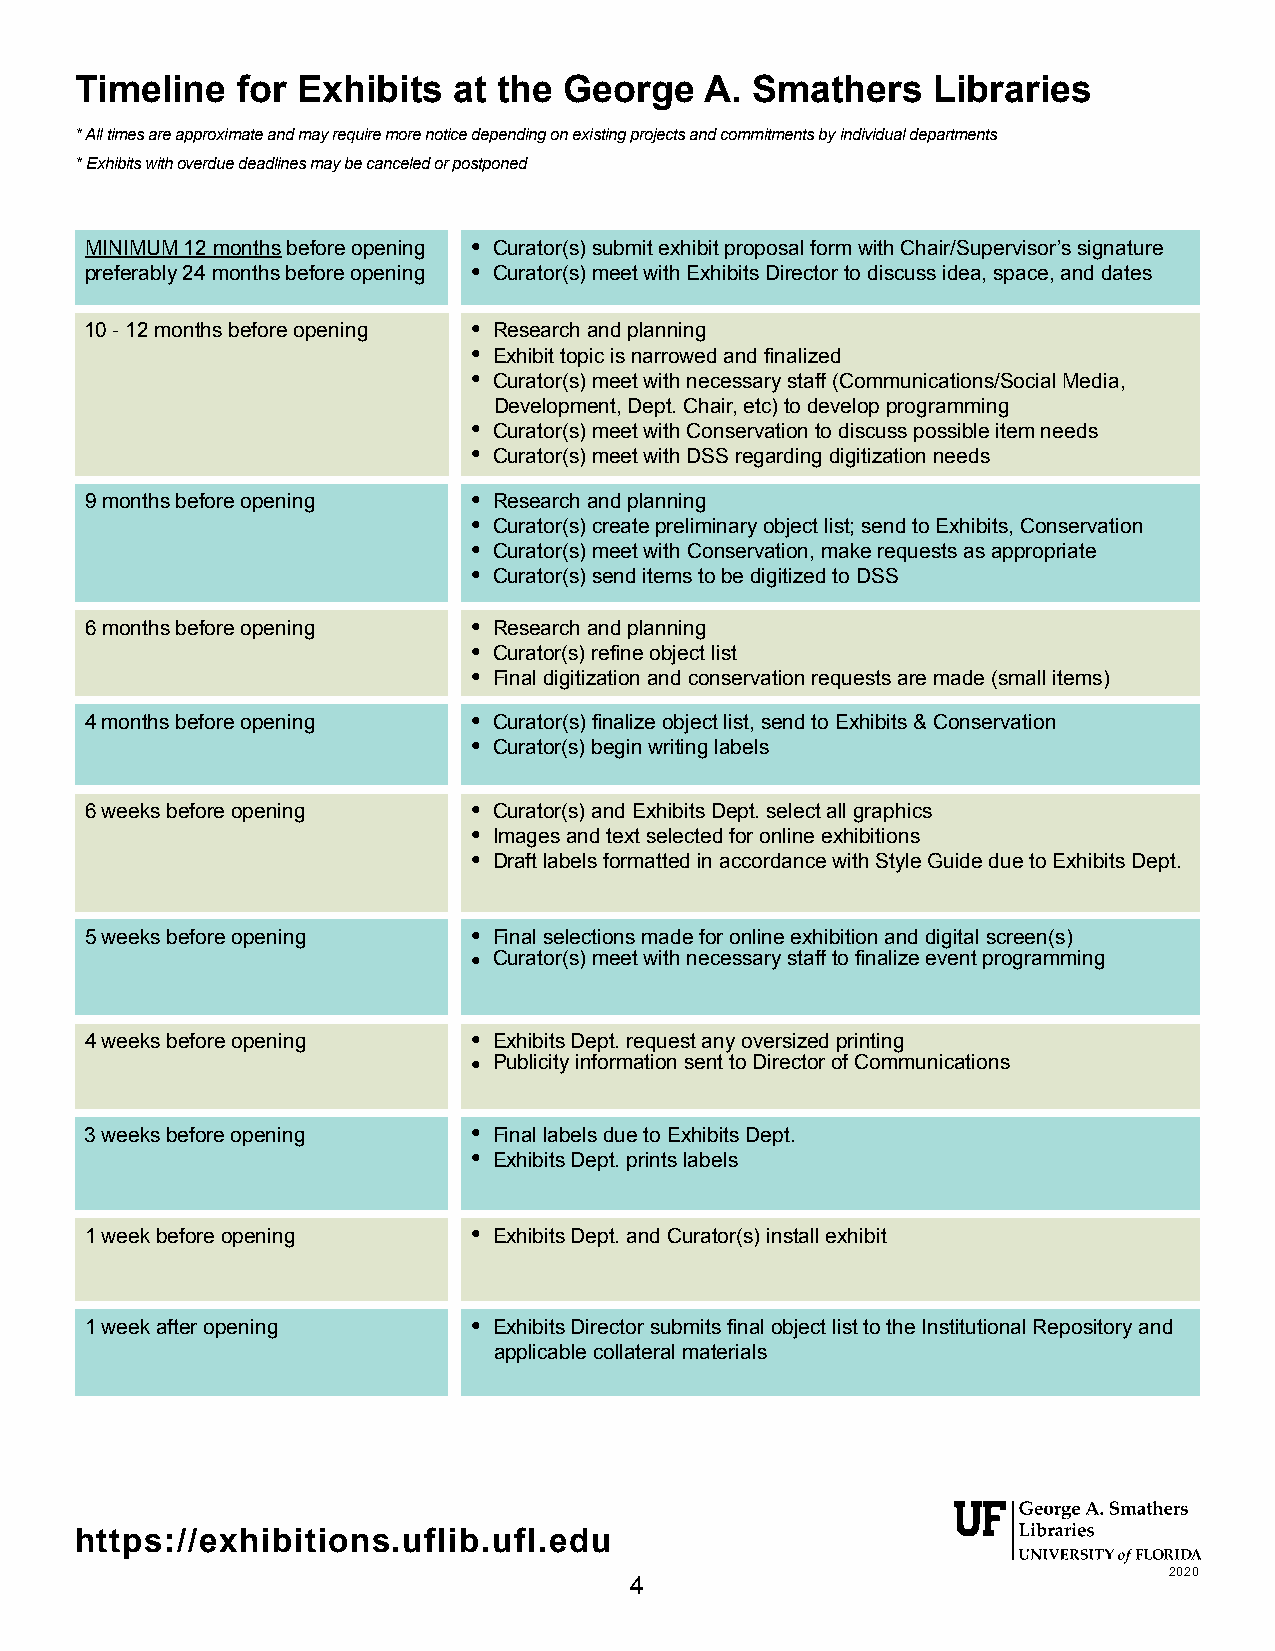
Timeline   for Exhibits  at the George    A. Smathers    Libraries
 * All times are approximate and may require more notice depending on existing projects and commitments by individual departments
 *Exhibits with overdue deadlines may be canceled or postponed
 MINIMUM 12 months before opening l Curator(s) submit exhibit proposal form with Chair/Supervisor’s signature
 preferably 24 months before opening l Curator(s) meet with Exhibits Director to discuss idea, space, and dates
 10 - 12 months before opening l Research and planning
 l Exhibit topic is narrowed and finalized
 l Curator(s) meet with necessary staff (Communications/Social Media,
 Development, Dept. Chair, etc) to develop programming
 l Curator(s) meet with Conservation to discuss possible item needs
 l Curator(s) meet with DSS regarding digitization needs
 9 months before opening  l Research and planning
 l Curator(s) create preliminary object list; send to Exhibits, Conservation
 l Curator(s) meet with Conservation, make requests as appropriate
 l Curator(s) send items to be digitized to DSS
 6 months before opening  l Research and planning
 l Curator(s) refine object list
 l Final digitization and conservation requests are made (small items)
 4 months before opening  l Curator(s) finalize object list, send to Exhibits & Conservation
 l Curator(s) begin writing labels
 6 weeks before opening   l Curator(s) and Exhibits Dept. select all graphics
 l Images and text selected for online exhibitions
 l Draft labels formatted in accordance with Style Guide due to Exhibits Dept.
 5 weeks before opening   l Final selections made for online exhibition and digital screen(s)
 l Curator(s) meet with necessary staff to finalize event programming
 4 weeks before opening   l Exhibits Dept. request any oversized printing
 l Publicity information sent to Director of Communications
 3 weeks before opening   l Final labels due to Exhibits Dept.
 l Exhibits Dept. prints labels
 1 week before opening    l Exhibits Dept. and Curator(s) install exhibit
 1 week after opening     l Exhibits Director submits final object list to the Institutional Repository and
 applicable collateral materials
 https://exhibitions.uflib.ufl.edu
 2020
 4